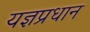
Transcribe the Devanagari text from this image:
यज्ञप्रधान